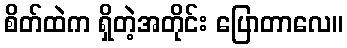
စိတ်ထဲက ရှိတဲ့အတိုင်း ပြောတာလေ။